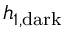
h _ { 1 , \mathrm { d a r k } }